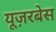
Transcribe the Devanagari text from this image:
यूज़रबेस